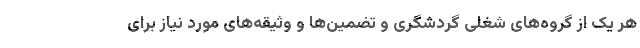
هر یک از گروه‌های شغلی گردشگری و تضمین‌ها و وثیقه‌های مورد نیاز برای